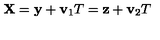
{ \bf X } = { \bf y } + { \bf v } _ { 1 } T = { \bf z } + { \bf v } _ { 2 } T